Burma Government Medical School reports 1923-41
Year: 1923
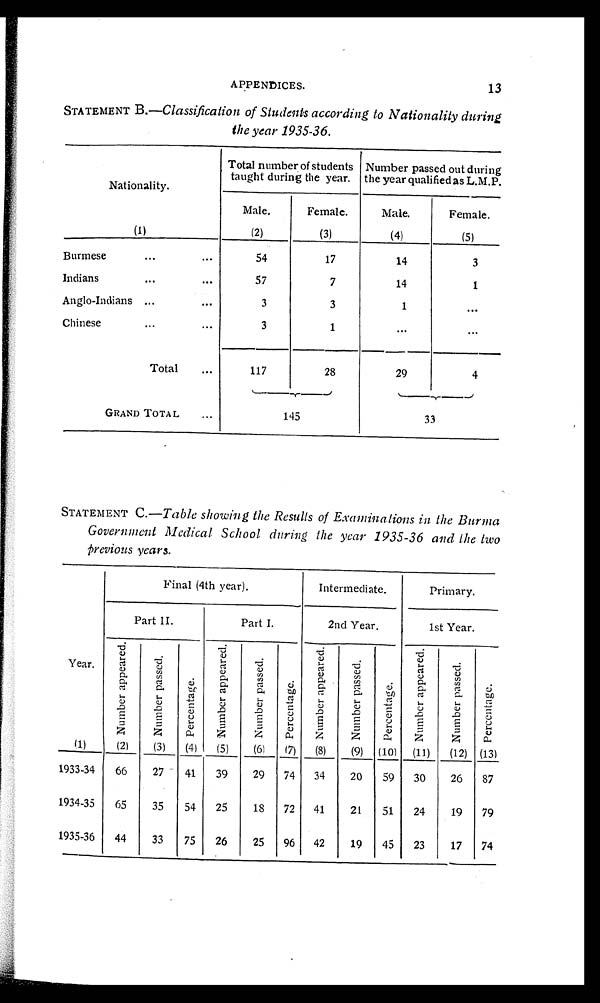
13
APPENDICES.
STATEMENT B. —Classification of Students according to Nationality during
the year 1935-36.
Nationality.
(1)
Total number of students
taught during the year.
Number passed out during
the year qualified as L.M.P.
Male.
(2)
Female.
(3)
Male.
(4)
Female.
(5)
Burmese
...
...
54
17
14
3
Indians
...
...
57
7
14
1
Anglo-Indians ...
...
3
3
1
...
Chinese
...
...
3
1
...
...
Total
...
117
28
29
4
GRAND TOTAL
...
145
33
STATEMENT C. —Table showing the Results of Examinations in the Burma
Government Medical School during the year 1935-36 and the two
previous years.
Year.
(1)
Final (4th year).
Intermediate.
Primary.
Part II.
Part I.
2nd Year.
1st Year.
N u m b e r a p p e a r e d .
(2)
N u m b e r p a s s e d .
(3)
P e r c e n t a g e .
(4)
N u m b e r a p p e a r e d .
(5)
N u m b e r p a s s e d .
(6)
P e r c e n t a g e .
(7)
N u m b e r a p p e a r e d .
(8)
N u m b e r p a s s e d .
(9)
P e r c e n t a g e .
(10)
N u m b e r a p p e a r e d .
(11)
N u m b e r p a s s e d .
( 1 2 )
P e r c e n t a g e .
(13)
1933-34
66
27
41
39
29
74
34
20
59
30
26
87
1934-35
65
35
54
25
18
72
41
21
51
24
19
79
1935-36
44
33
75
26
25
96
42
19
45
23
17
74